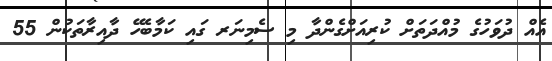
އެއް ދުވަހުގެ މުއްދަތަށް ކުރިއަށްގެންދާ މި ސެމިނަރ ގައި ކަމާބެހޭ ދާއިރާތަކުން 55